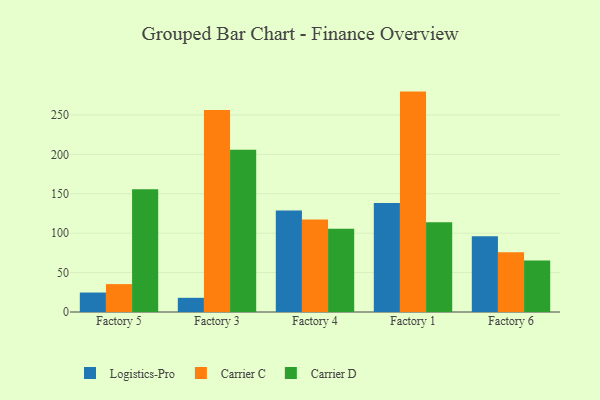
{"axis": {"x": "Factory", "y": "Churn Rate (%)"}, "legend": ["Carrier C", "Carrier D", "Logistics-Pro"], "data": [{"x": "Factory 5", "y": 24.7, "type": "Logistics-Pro"}, {"x": "Factory 5", "y": 35.4, "type": "Carrier C"}, {"x": "Factory 5", "y": 155.8, "type": "Carrier D"}, {"x": "Factory 3", "y": 18.0, "type": "Logistics-Pro"}, {"x": "Factory 3", "y": 256.2, "type": "Carrier C"}, {"x": "Factory 3", "y": 205.8, "type": "Carrier D"}, {"x": "Factory 4", "y": 128.7, "type": "Logistics-Pro"}, {"x": "Factory 4", "y": 117.4, "type": "Carrier C"}, {"x": "Factory 4", "y": 105.5, "type": "Carrier D"}, {"x": "Factory 1", "y": 138.4, "type": "Logistics-Pro"}, {"x": "Factory 1", "y": 279.6, "type": "Carrier C"}, {"x": "Factory 1", "y": 113.8, "type": "Carrier D"}, {"x": "Factory 6", "y": 96.1, "type": "Logistics-Pro"}, {"x": "Factory 6", "y": 75.8, "type": "Carrier C"}, {"x": "Factory 6", "y": 65.3, "type": "Carrier D"}]}